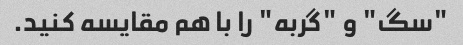
"سگ" و "گربه" را با هم مقایسه کنید.